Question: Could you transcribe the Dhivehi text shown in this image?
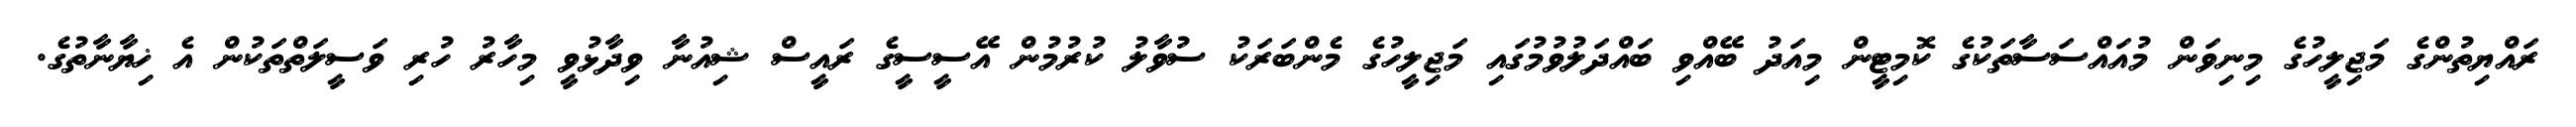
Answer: ރައްޔިތުންގެ މަޖިލީހުގެ މިނިވަން މުއައްސަސާތަކުގެ ކޮމިޓީން މިއަދު ބޭއްވި ބައްދަލުވުމުގައި މަޖިލީހުގެ މެންބަރަކު ސުވާލު ކުރުމުން އޭސީސީގެ ރައީސް ޝިއުނާ ވިދާޅުވީ މިހާރު ހުރި ވަސީލަތްތަކުން އެ ޚިޔާނާތުގެ.